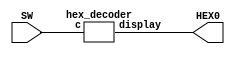
`timescale 1ns / 1ns // `timescale time_unit/time_precision


module part3(HEX0, SW);
    input [3:0] SW;
    output [6:0] HEX0;

    hex_decoder u1(.c(SW), .display(HEX0));
	 
endmodule


module hex_decoder(c, display);
	input [3:0] c;
	output [6:0] display;
	
	assign display[0] = ~((c[3] | c[2] | c[1] | ~c[0])&(c[3] | ~c[2] | c[1] | c[0])&(~c[3] | c[2] | ~c[1] | ~c[0])&(~c[3] | ~c[2] | c[1] | ~c[0]));
	assign display[1] = ~((c[3] | ~c[2] | c[1] | ~c[0])&(c[3] | ~c[2] | ~c[1] | c[0])&(~c[3] | c[2] | ~c[1] | ~c[0])&(~c[3] | ~c[2] | c[1] | c[0])&(~c[3] | ~c[2] | ~c[1] | c[0])&(~c[3] | ~c[2] | ~c[1] | ~c[0]));
	assign display[2] = ~((c[3] | c[2] | ~c[1] | c[0])&(~c[3] | ~c[2] | c[1] | c[0])&(~c[3] | ~c[2] | ~c[1] | c[0])&(~c[3] | ~c[2] | ~c[1] | ~c[0]));
	assign display[3] = ~((c[3] | c[2] | c[1] | ~c[0])&(c[3] | ~c[2] | c[1] | c[0])&(c[3] | ~c[2] | ~c[1] | ~c[0])&(~c[3] | c[2] | ~c[1] | c[0])&(~c[3] | ~c[2] | ~c[1] | ~c[0]));
	assign display[4] = ~((c[3] | c[2] | c[1] | ~c[0])&(c[3] | c[2] | ~c[1] | ~c[0])&(c[3] | ~c[2] | c[1] | c[0])&(c[3] | ~c[2] | c[1] | ~c[0])&(c[3] | ~c[2] | ~c[1] | ~c[0])&(~c[3] | c[2] | c[1] | ~c[0]));
	assign display[5] = ~((c[3] | c[2] | c[1] | ~c[0])&(c[3] | c[2] | ~c[1] | c[0])&(c[3] | c[2] | ~c[1] | ~c[0])&(c[3] | ~c[2] | ~c[1] | ~c[0])&(~c[3] | ~c[2] | c[1] | ~c[0]));
	assign display[6] = ~((c[3] | c[2] | c[1] | c[0])&(c[3] | c[2] | c[1] | ~c[0])&(c[3] | ~c[2] | ~c[1] | ~c[0])&(~c[3] | ~c[2] | c[1] | c[0]));

endmodule